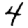
Digit: 4